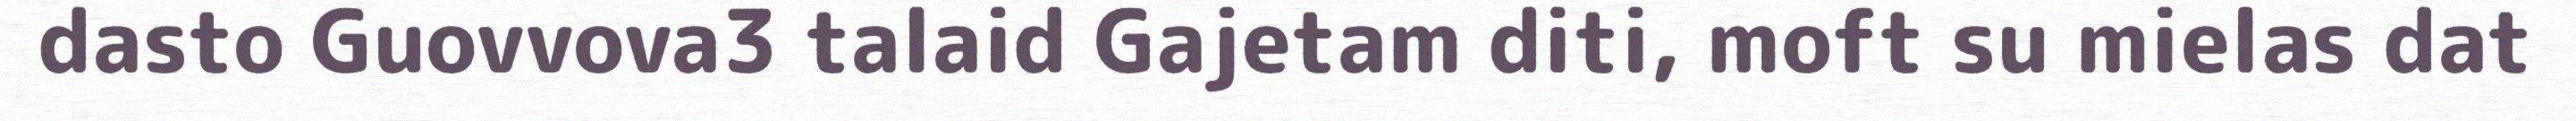
dasto Guovvova3 talaid Gajetam diti, moft su mielas dat